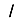
Digit: 1